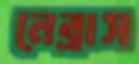
নেব্রাস